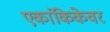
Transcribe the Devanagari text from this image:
एकांकिकेवर